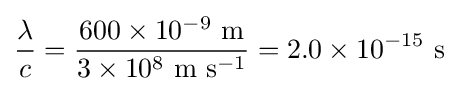
{\lambda  \over {c}}={600\times 10^{-9}~{\rm {m}} \over 3\times 10^{8}~{\rm {m}}~{\rm {s}}^{-1}}=2.0\times 10^{-15}~{\rm {s}}